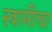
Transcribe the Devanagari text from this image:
स्वामीचा